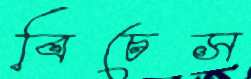
বিচেস